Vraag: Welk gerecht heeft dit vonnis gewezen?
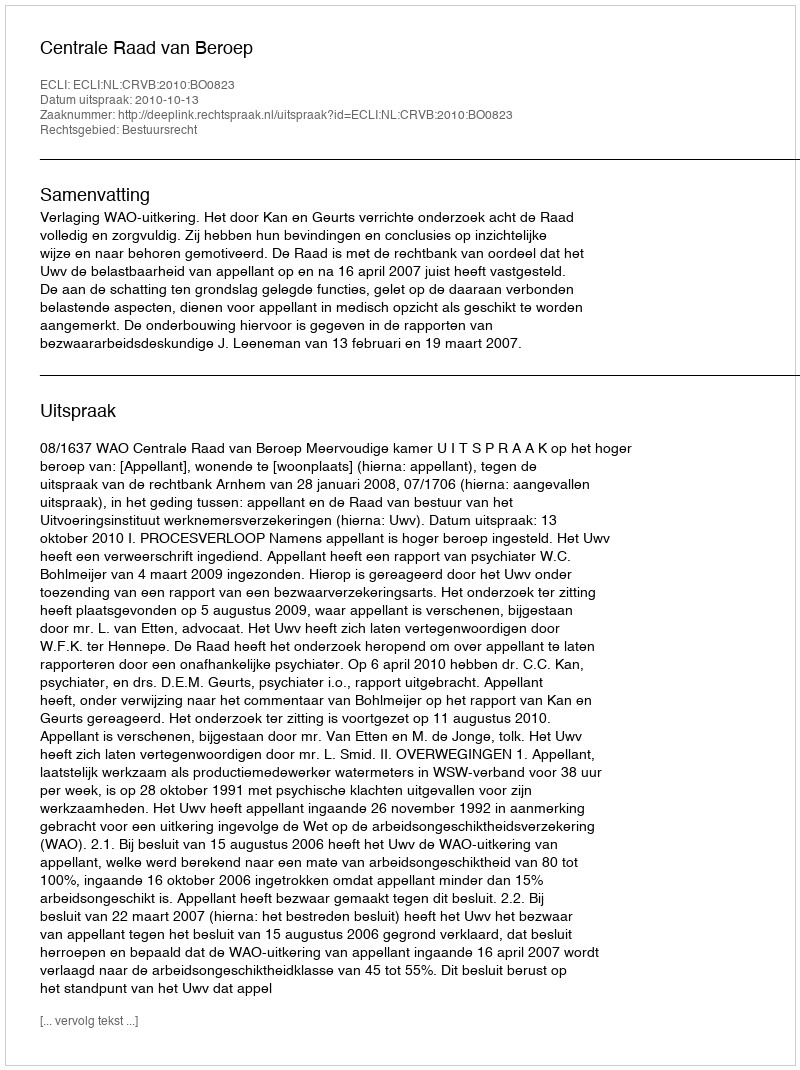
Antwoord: Centrale Raad van Beroep